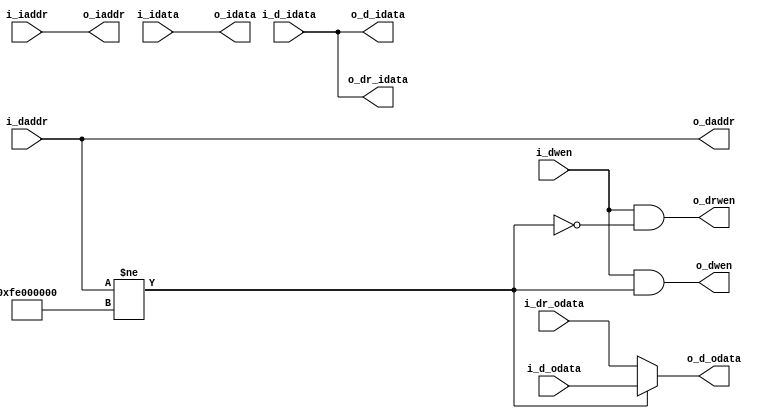
`timescale 1ns / 1ps

module MACtrl(
  		// face CPU
  		input [31:0] i_iaddr, 
        output [31:0] o_idata,
        input i_dwen,
        input [31:0] i_daddr,
        input [31:0] i_d_idata,
        output [31:0] o_d_odata,
		// face IMEM
        output [31:0] o_iaddr,
        input [31:0] i_idata,
		// face DMEM
        output o_dwen,
        output [31:0] o_daddr,
        output [31:0] o_d_idata,
        input [31:0] i_d_odata,
		// face DispNum
        output o_drwen,
        output [31:0] o_dr_idata,
        input [31:0] i_dr_odata
    );

    // Dmem & IO wen
    assign is_mem = (i_daddr != 32'hFE000000);

    // Imem
    assign o_iaddr = i_iaddr;

    // Dmem
    assign o_d_idata = i_d_idata;
    assign o_daddr = i_daddr;
    assign o_dwen = i_dwen & is_mem;

    // IO
    assign o_dr_idata = i_d_idata;
    assign o_drwen = i_dwen & !is_mem;

    // CPU
    assign o_idata = i_idata;
    assign o_d_odata = is_mem ? i_d_odata : i_dr_odata;

endmodule